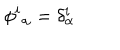
\phi ^ { i } { } _ { \alpha } = \delta _ { \alpha } ^ { i }